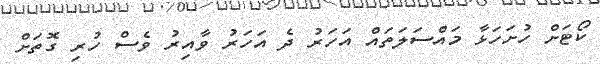
ކޯޓަށް ހުށަހަޅާ މައްސަލަތައް އަހަރު ދެ އަހަރު ވާއިރު ވެސް ހުރި ގޮތަށް